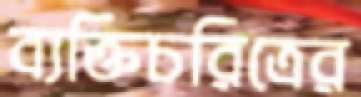
ব্যক্তিচরিত্রের